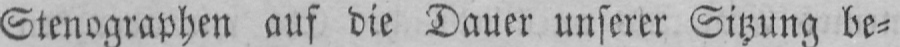
Stenographen auf die Dauer unserer Sitzung be⸗